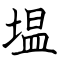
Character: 塭